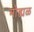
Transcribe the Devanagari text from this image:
मोह्यळ